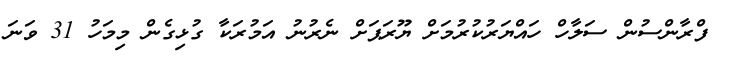
ފްރާންސުން ސަލާހް ހައްޔަރުކުރުމަށް ޔޫރަޕަށް ނެރުނު އަމުރަކާ ގުޅިގެން މިމަހު 31 ވަނަ